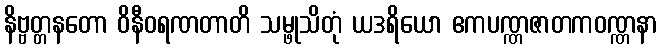
နိဗ္ဗတ္တနတော ဝိနီဝရဏတာတိ သမ္ဖုသိတုံ ယဒရိယော ဧကပဏ္ဏဇာတကဝဏ္ဏနာ